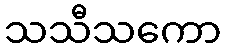
သသီသကော